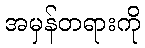
အမှန်တရားကို